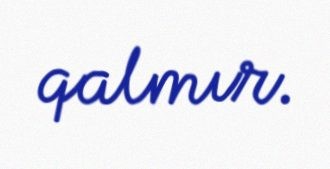
qalmır.